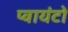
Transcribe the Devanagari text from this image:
प्वायंटों